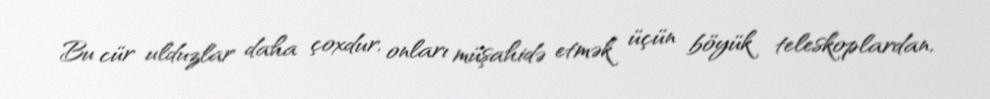
Bu cür ulduzlar daha çoxdur, onları müşahidə etmək üçün böyük teleskoplardan,